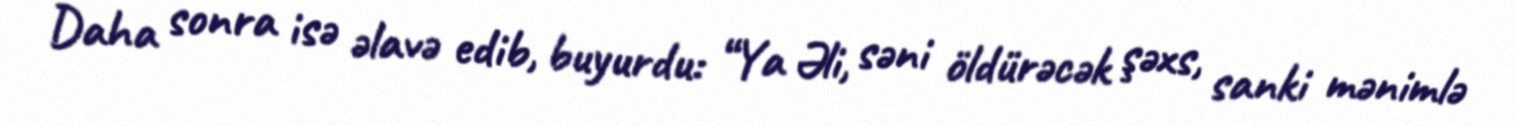
Daha sonra isə əlavə edib, buyurdu: “Ya Əli, səni öldürəcək şəxs, sanki mənimlə